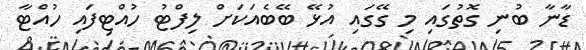
ޑާނާ ބުނި ގޮތުގައި މި ގޭގައި އުޅޭ ބޭބެއަކަށް ލިފްޓު ހުއްޓިފައި ހުއްޓާ